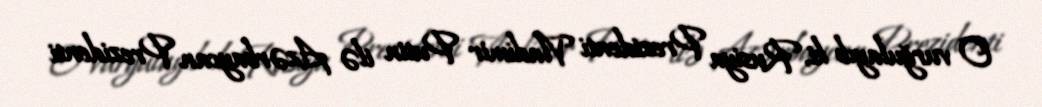
O vurğulayıb ki, Rusiya Prezidenti Vladimir Putin ilə Azərbaycan Prezidenti